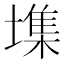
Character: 㙫